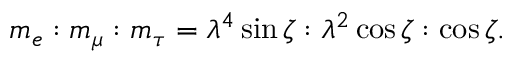
m _ { e } : m _ { \mu } : m _ { \tau } = \lambda ^ { 4 } \sin \zeta : \lambda ^ { 2 } \cos \zeta : \cos \zeta .